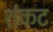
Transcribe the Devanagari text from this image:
शंकट